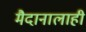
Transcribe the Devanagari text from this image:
मैदानालाही